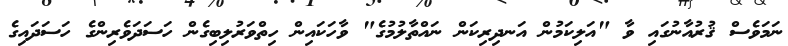
ނަމަވެސް ޤުރުއާނުގައި ވާ "އަލިކަމުން އަނދިރިކަން ނައްތާލުމުގެ" ވާހަކައިން ހިތްވަރުލިބިގެން ހަސަދަވެރިންގެ ހަސަދައިގެ